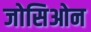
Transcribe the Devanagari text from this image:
जोसिओन